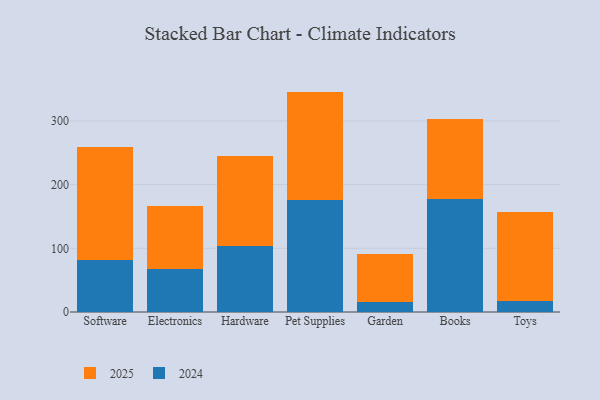
{"axis": {"x": "Category", "y": "Demand Index"}, "legend": ["2024", "2025"], "data": [{"x": "Software", "y": 177.1, "type": "2025"}, {"x": "Software", "y": 82.2, "type": "2024"}, {"x": "Electronics", "y": 98.3, "type": "2025"}, {"x": "Electronics", "y": 67.7, "type": "2024"}, {"x": "Hardware", "y": 141.2, "type": "2025"}, {"x": "Hardware", "y": 103.2, "type": "2024"}, {"x": "Pet Supplies", "y": 169.7, "type": "2025"}, {"x": "Pet Supplies", "y": 176.3, "type": "2024"}, {"x": "Garden", "y": 75.5, "type": "2025"}, {"x": "Garden", "y": 15.4, "type": "2024"}, {"x": "Books", "y": 125.6, "type": "2025"}, {"x": "Books", "y": 177.2, "type": "2024"}, {"x": "Toys", "y": 140.2, "type": "2025"}, {"x": "Toys", "y": 17.4, "type": "2024"}]}